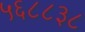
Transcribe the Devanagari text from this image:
५६८८३८